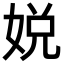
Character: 娧